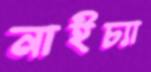
নাইচ্যা